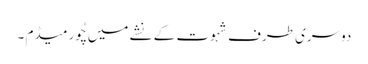
دوسری طرف شہوت کے نشے میں چُور میڈم ۔